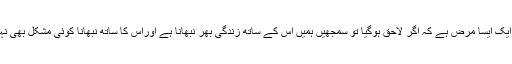
یہ ایک ایسا مرض ہے کہ اگر لاحق ہوگیا تو سمجھیں ہمیں اس کے ساتھ زندگی بھر نبھانا ہے اوراس کا ساتھ نبھانا کوئی مشکل بھی نہیں۔